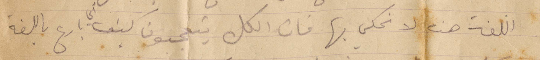
اللغة هن لا نحكي بها فان الكل يتعجبون كيف بأربع باللغة